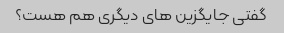
گفتی جایگزین های دیگری هم هست؟